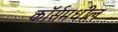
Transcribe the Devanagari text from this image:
कॉर्समधील